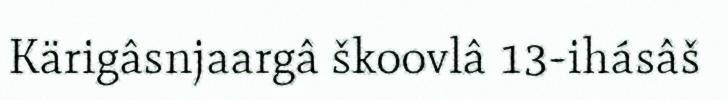
Kärigâsnjaargâ škoovlâ 13-ihásâš